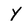
Character: Y